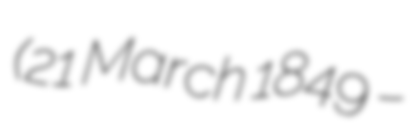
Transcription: (21 March 1849 –